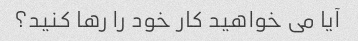
آیا می خواهید کار خود را رها کنید؟